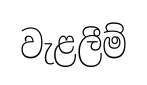
වැළලීම්